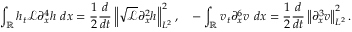
\int _ { \mathbb R } h _ { t } \mathscr { L } \partial _ { x } ^ { 4 } h \ d x = \frac { 1 } { 2 } \frac { d } { d t } \left\| \sqrt { \mathscr { L } } \partial _ { x } ^ { 2 } h \right\| _ { L ^ { 2 } } ^ { 2 } , \quad - \int _ { \mathbb R } v _ { t } \partial _ { x } ^ { 6 } v \ d x = \frac { 1 } { 2 } \frac { d } { d t } \left\| \partial _ { x } ^ { 3 } v \right\| _ { L ^ { 2 } } ^ { 2 } .